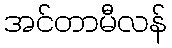
အင်တာမီလန်